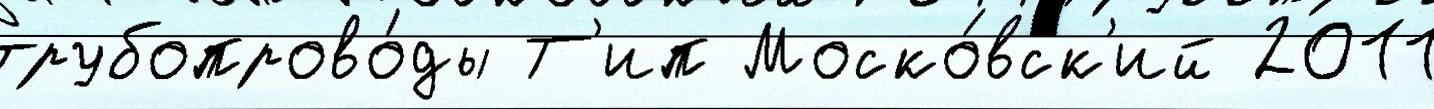
трубопрово́ды Т'ип Моско́вск'ий 2011